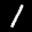
Label: 1